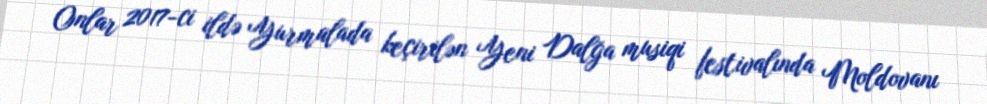
Onlar 2017-ci ildə Yurmalada keçirilən Yeni Dalğa musiqi festivalında Moldovanı